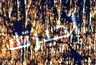
أخبرتك